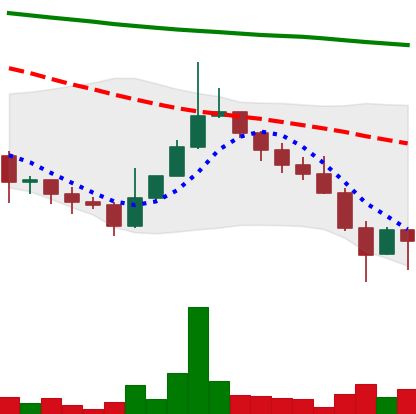
Ticker: DOGE-USD
Chart end date: 2022-01-24
Forward return: 3.816%
Label: up_3_5